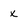
Character: x